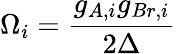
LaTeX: \Omega_{i}=\frac{g_{A,i}g_{Br,i}}{2\Delta}